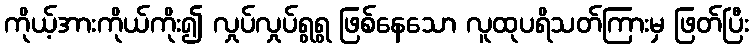
ကိုယ့်အားကိုယ်ကိုး၍ လှုပ်လှုပ်ရွရွ ဖြစ်နေသော လူထုပရိသတ်ကြားမှ ဖြတ်ပြီး